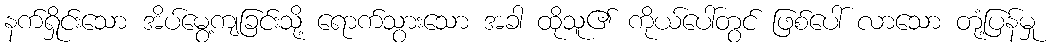
နက်ရှိုင်းသော အိပ်မွေ့ကျခြင်းသို့ ရောက်သွားသော အခါ ထိုသူ၏ ကိုယ်ပေါ်တွင် ဖြစ်ပေါ် လာသော တုံ့ပြန်မှု